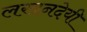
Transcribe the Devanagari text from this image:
लखनदेयी